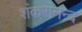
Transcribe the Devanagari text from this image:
शंकरानन्द